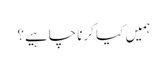
ہمیں کیا کرنا چاہیے؟